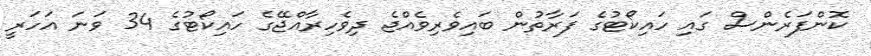
ކޮންފަރެންސް ގައި ހައިކޯޓުގެ ފަރާތުން ބައިވެރިވެއްޖެ ދިވެހިރާއްޖޭގެ ހައިކޯޓުގެ 34 ވަނަ އަހަރީ